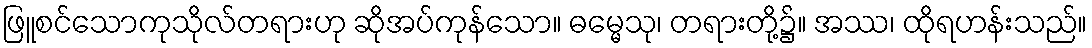
ဖြူစင်သောကုသိုလ်တရားဟု ဆိုအပ်ကုန်သော။ ဓမ္မေသု၊ တရားတို့၌။ အဿ၊ ထိုရဟန်းသည်။